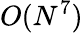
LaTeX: O(N^{7})